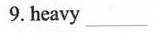
9. heavy _________